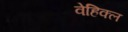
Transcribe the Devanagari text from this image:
वेहिक्ल